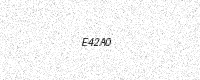
Text: E42A0